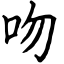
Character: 吻